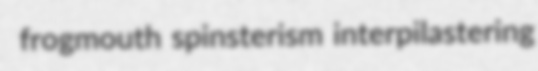
frogmouth spinsterism interpilastering